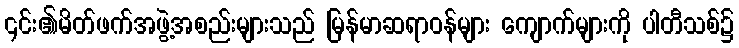
၎င်း၏မိတ်ဖက်အဖွဲ့အစည်းများသည် မြန်မာဆရာဝန်များ ကျောက်များကို ပါတီသစ်၌